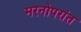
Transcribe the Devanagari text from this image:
मरनोपरांत